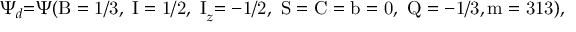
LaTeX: \Psi _ { d } \mathrm { = } \Psi \mathrm { ( B = 1 / 3 , ~ I = 1 / 2 , ~ I } _ { z } \mathrm { = - 1 / 2 , ~ S = C = b = 0 , ~ Q = - 1 / 3 , m = 3 1 3 ) , }